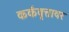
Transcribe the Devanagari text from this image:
कर्कवृत्तावर